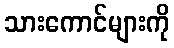
သားကောင်များကို